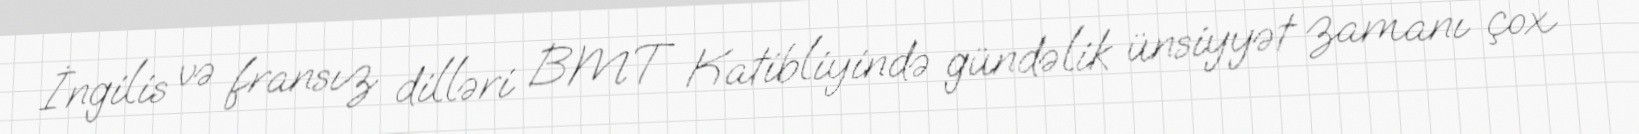
İngilis və fransız dilləri BMT Katibliyində gündəlik ünsiyyət zamanı çox